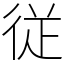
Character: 従